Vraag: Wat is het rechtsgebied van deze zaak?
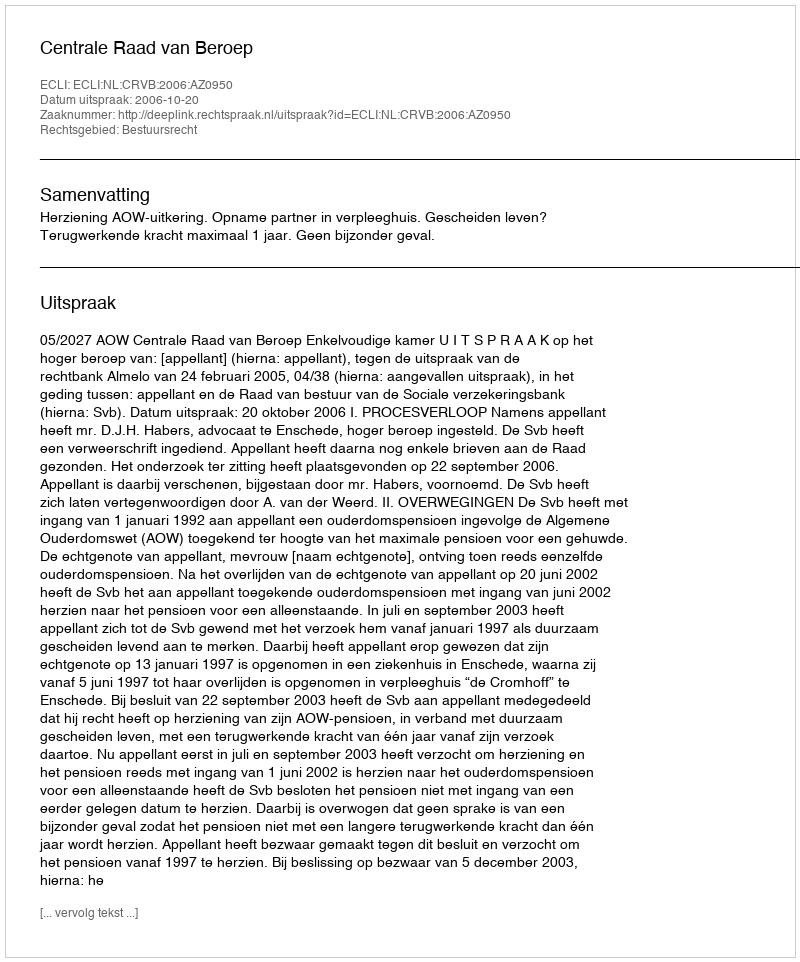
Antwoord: Bestuursrecht